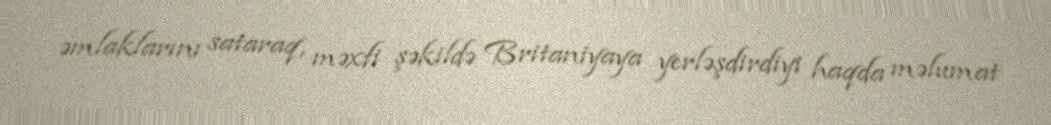
əmlaklarını sataraq, məxfi şəkildə Britaniyaya yerləşdirdiyi haqda məlumat